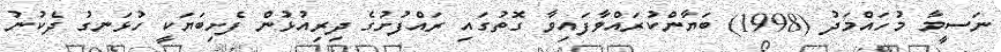
ނަސީމާ މުހައްމަދު (1998) ބަޔާންކުރައްވާފައިވާ ގޮތުގައި ރައްފުށުގެ ދިރިއުޅުން ފެށިބަޔަކީ ހުޅަނގު ދެކުނު